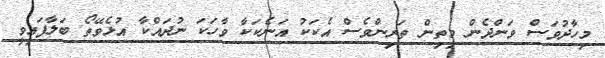
މިހާދުވަސް ވަންދެން މިތިން ތަރިންވެސް އެކަކު އަނެކަކާ ވާހަކަ ނުދައްކާ އުޅެވޭތޯ ބަލާފައިވީ